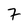
Character: 7